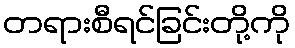
တရားစီရင်ခြင်းတို့ကို